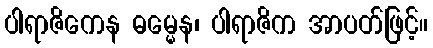
ပါရာဇိကေန ဓမ္မေန၊ ပါရာဇိက အာပတ်ဖြင့်။